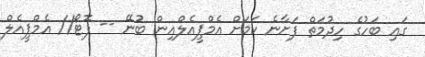
ގައި ބަހުގެ ހިދުމަތް ފަށާނެ ކަމަށް އެމްޕީއެލްއިން ބުނޭ -- ފޮޓޯ// އެމްޕީއެލް